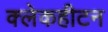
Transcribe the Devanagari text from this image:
क्लेकहीटन